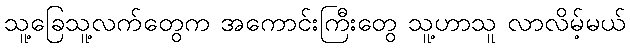
သူ့ခြေသူ့လက်တွေက အကောင်းကြီးတွေ သူ့ဟာသူ လာလိမ့်မယ်